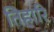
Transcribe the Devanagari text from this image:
तिहारि